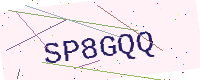
Text: SP8GQQ